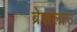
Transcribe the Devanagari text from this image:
ब्रेसलाउ